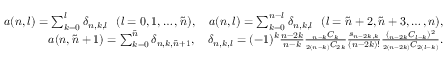
\begin{array} { r l r } & { } & { a ( n , l ) = \sum _ { k = 0 } ^ { l } \delta _ { n , k , l } \ \ ( l = 0 , 1 , \ldots , \tilde { n } ) , \quad a ( n , l ) = \sum _ { k = 0 } ^ { n - l } \delta _ { n , k , l } \ \ ( l = \tilde { n } + 2 , \tilde { n } + 3 , \ldots , n ) , } \\ & { } & { a ( n , \tilde { n } + 1 ) = \sum _ { k = 0 } ^ { \tilde { n } } \delta _ { n , k , \tilde { n } + 1 } , \quad \delta _ { n , k , l } = ( - 1 ) ^ { k } \frac { n - 2 k } { n - k } \frac { _ { n - k } C _ { k } } { _ { 2 ( n - k ) } C _ { 2 k } } \frac { s _ { n - 2 k , k } } { ( n - 2 k ) ! } \frac { ( _ { n - 2 k } C _ { l - k } ) ^ { 2 } } { _ { 2 ( n - 2 k ) } C _ { 2 ( l - k ) } } . } \end{array}